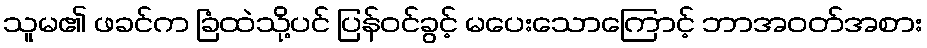
သူမ၏ ဖခင်က ခြံထဲသို့ပင် ပြန်ဝင်ခွင့် မပေးသောကြောင့် ဘာအဝတ်အစား